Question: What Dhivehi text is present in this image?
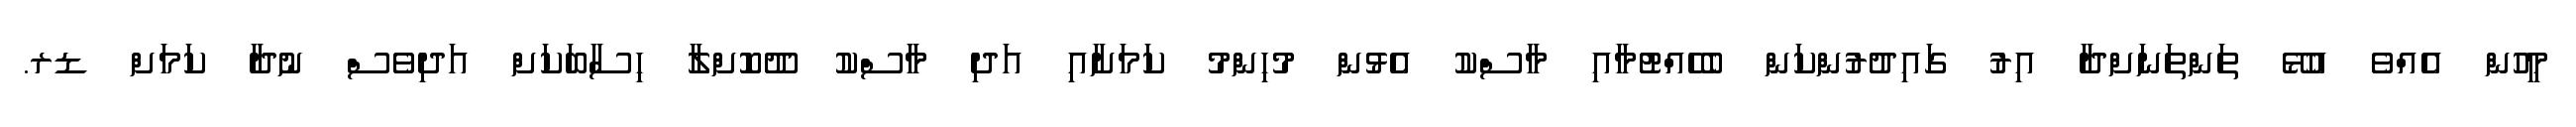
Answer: މީހުން އެއްވެ އުޅޭ ތަންތަނަށްދާ އިރު ގައިދުރުންކަން ބެހެއްޓުމާއި މާސްކު އެޅުން މުހިންމު ކަމަށާއި އަދި މާސްކު ދޫކޮށްލާ ހިސާބަކަށް އަދިވެސް ނުދާ ކަމަށް ޑރ.